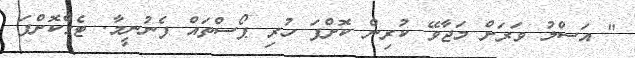
" އަސްލު ވަރަށް މަޖާވޭ ކުރިން ކޮށްފަ ހުރި ޕޯސްތައް ފެނުނީމާ. ޓެގްކޮށްފަ